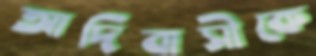
আদিবাসীকে